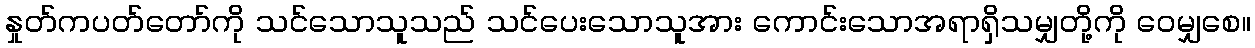
နှုတ်ကပတ်တော်ကို သင်သောသူသည် သင်ပေးသောသူအား ကောင်းသောအရာရှိသမျှတို့ကို ဝေမျှစေ။